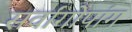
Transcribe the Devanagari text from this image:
सर्वांगोपांग